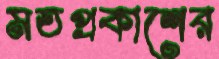
মতপ্রকাশের